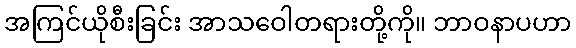
အကြင်ယိုစီးခြင်း အာသဝေါတရားတို့ကို။ ဘာဝနာပဟာ